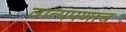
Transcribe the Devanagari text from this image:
व्रात्यपणाच